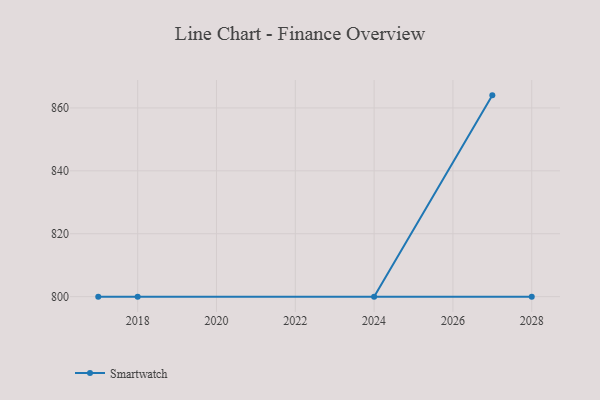
{"axis": {"x": "Year", "y": "Budget (USD K)"}, "legend": ["Smartwatch"], "data": [{"x": "2027", "y": 864.0, "type": "Smartwatch"}, {"x": "2024", "y": 800, "type": "Smartwatch"}, {"x": "2017", "y": 800, "type": "Smartwatch"}, {"x": "2028", "y": 800, "type": "Smartwatch"}, {"x": "2018", "y": 800, "type": "Smartwatch"}]}